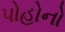
પોહોનો